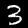
Label: 3